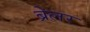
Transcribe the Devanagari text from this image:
ब्रेलर